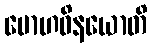
မောဟဝိနယောတိ